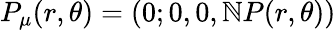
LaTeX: P_{\mu}(r,\theta)=(0;0,0,\mathbb{N}P(r,\theta))